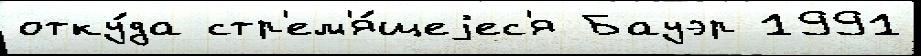
отку́да стр'ем'я́щеjес'я Бауэр 1991